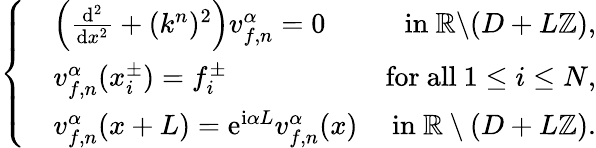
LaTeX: \left\{ \begin{array}{rlr}&{\left(\frac{\mathrm{d}^{2}}{\mathrm{d}x^{2}}+(k^{n})^{2}\right)v_{f,n}^{\alpha}=0}&{\mathrm{in~}\mathbb{R}\backslash(D+L\mathbb{Z}),}\\ &{v_{f,n}^{\alpha}(x_{i}^{\pm})=f_{i}^{\pm}}&{\mathrm{for~all~}1\leq i\leq N,}\\ &{v_{f,n}^{\alpha}(x+L)=\mathrm{e}^{\mathrm{i}\alpha L}v_{f,n}^{\alpha}(x)}&{\mathrm{in~}\mathbb{R}\setminus(D+L\mathbb{Z}).}\end{array}\right.